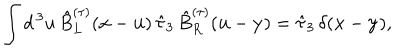
\int d ^ { \, 3 } u \, \hat { B } _ { L } ^ { ( \tau ) } ( { \bf x } - { \bf u } ) \, \hat { \tau } _ { 3 } \, \hat { B } _ { R } ^ { ( \tau ) } ( { \bf u } - { \bf y } ) = \hat { \tau } _ { 3 } \, \delta ( { \bf x } - { \bf y } ) ,